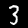
Digit: 3